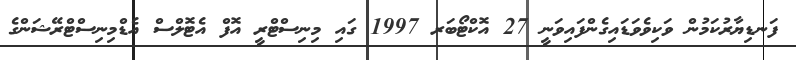
ފަނޑިޔާރުކަމުން ވަކިވެވަޑައިގެންފައިވަނީ 27 އޮކްޓޯބަރ 1997 ގައި މިނިސްޓްރީ އޮފް އެޓޮލްސް އެޑްމިނިސްޓްރޭޝަންގެ